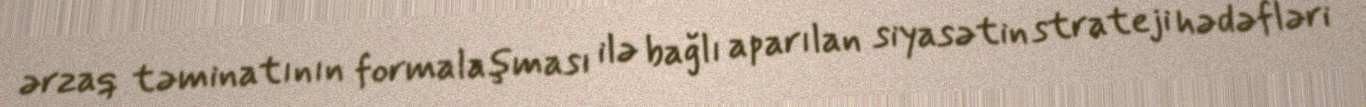
ərzaq təminatının formalaşması ilə bağlı aparılan siyasətin strateji hədəfləri